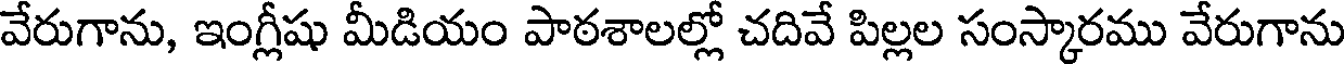
వేరుగాను, ఇంగ్లీషు మీడియం పాఠశాలల్లో చదివే పిల్లల సంస్కారము వేరుగాను